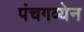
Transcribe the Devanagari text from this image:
पंचगव्येन